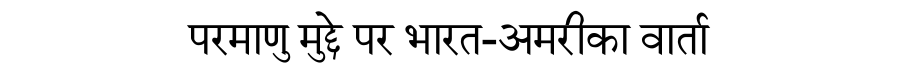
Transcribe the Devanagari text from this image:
परमाणु मुद्दे पर भारत-अमरीका वार्ता